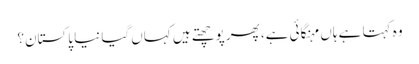
وہ کہتا ہے ہاں مہنگائی ہے، پھر پوچھتے ہیں کہاں گیا نیا پاکستان؟